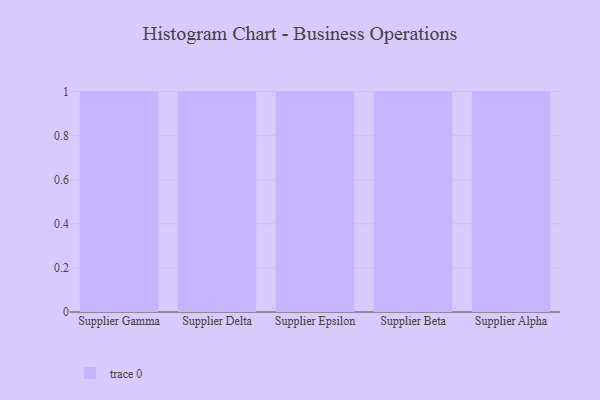
{"axis": {"x": "Supplier", "y": "Net Income (USD K)"}, "legend": [""], "data": [{"x": "Supplier Gamma", "y": 2, "type": ""}, {"x": "Supplier Delta", "y": 66, "type": ""}, {"x": "Supplier Epsilon", "y": 32, "type": ""}, {"x": "Supplier Beta", "y": 46, "type": ""}, {"x": "Supplier Alpha", "y": 3, "type": ""}]}